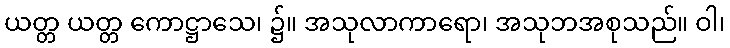
ယတ္တ ယတ္တ ကောဋ္ဌာသေ၊ ၌။ အသုလာကာရော၊ အသုဘအစုသည်။ ဝါ၊